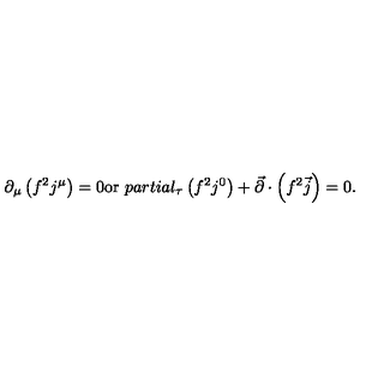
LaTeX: \partial _ { \mu } \left( f ^ { 2 } j ^ { \mu } \right) = 0 \mathrm { o r } \ p a r t i a l _ { \tau } \left( f ^ { 2 } j ^ { 0 } \right) + \vec { \partial } \cdot \left( f ^ { 2 } \vec { j } \right) = 0 .